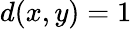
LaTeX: d(x,y)=1